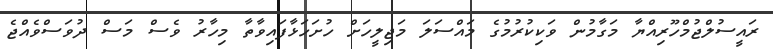
ރައީސުލްޖުމްހޫރިއްޔާ މަގާމުން ވަކިކުރުމުގެ މައްސަލަ މަޖިލީހަށް ހުށަހަޅާފައިވާތާ މިހާރު ވެސް މަސް ދުވަސްވެއްޖެ